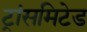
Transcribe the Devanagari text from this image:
ट्रांसमिटेड